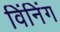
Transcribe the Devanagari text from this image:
विंनिंग